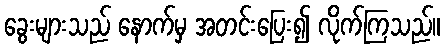
ခွေးများသည် နောက်မှ အတင်းပြေး၍ လိုက်ကြသည်။